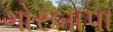
ગોરબાપા